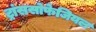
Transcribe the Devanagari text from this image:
ट्रांससोफेजियल